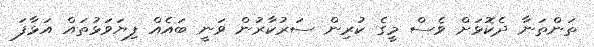
ތަންތަނާ ދެކޮޅަށް ވެސް މީގެ ކުރިން ސަރުކާރުން ވަނީ ބައެއް ފިޔަވަޅުތައް އަޅާފަ